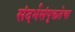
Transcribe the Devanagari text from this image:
संदर्भसंपृक्ततेचा